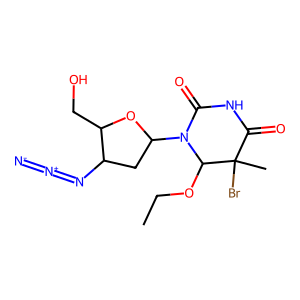
SMILES: CCOC1N(C2CC(N=[N+]=[N-])C(CO)O2)C(=O)NC(=O)C1(C)Br
Inhibits HIV replication: Yes